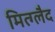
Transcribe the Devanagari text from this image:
मित्ग्लैद